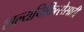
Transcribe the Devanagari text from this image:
शल्यचिकित्सेसाठी